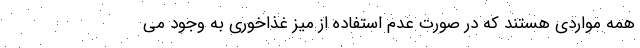
همه مواردی هستند که در صورت عدم استفاده از میز غذاخوری به وجود می